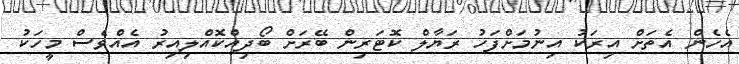
އެހެން އެތަށް އިރަކު އިނުމަށްފަހު ރަޔާލް ކޮޓަރިން ބޭރަށް ބޯދިއްކޮއްލިއިރު އެއްވެސް މީހަކު